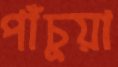
পাঁচুয়া